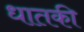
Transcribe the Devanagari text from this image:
धातकी